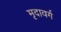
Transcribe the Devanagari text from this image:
मृदावर्ग